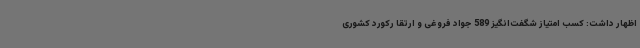
اظهار داشت: کسب امتیاز شگفت‌انگیز 589 جواد فروغی و ارتقا رکورد کشوری